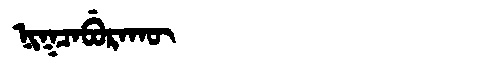
Manchu: ᠨᡳᡴᠴᠠᠪᡠᡵᠠᡴᡡ
Romanization: NIKCABURAKŪ